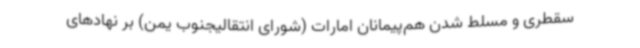
سقطری و مسلط شدن هم‌پیمانان امارات (شورای انتقالیجنوب یمن) بر نهادهای